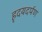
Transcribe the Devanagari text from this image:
हृदयदर्पण